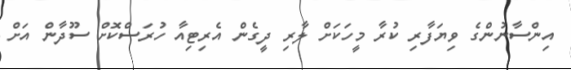
އިންސާނުންގެ ވިޔަފާރި ކުރާ މީހަކަށް ލާރި ދީގެން އެރިޓިއާ ހުރަސްކޮށް ސޫދާން އަށް